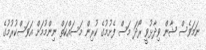
ނަމަވެސް ޝާން ވިދާޅުވީ ރޯދަ މަސް ފެށުމުގެ ކުރިން މަސައްކަތް ނިންމުމަށް އަވަސްކުރުމުގެ